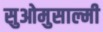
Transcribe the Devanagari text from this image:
सुओमुसाल्मी